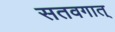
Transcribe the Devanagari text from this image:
सतवगात्